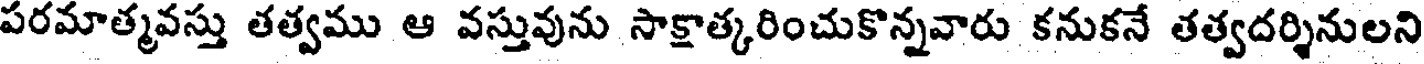
పరమాత్మవస్తు తత్వము ఆ వస్తువును సాక్షాత్కరించుకొన్నవారు కనుకనే తత్వదర్శినులని